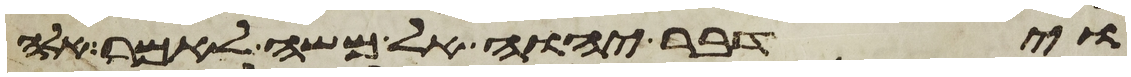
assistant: וידבר יהוה אל משה לאמר אלה